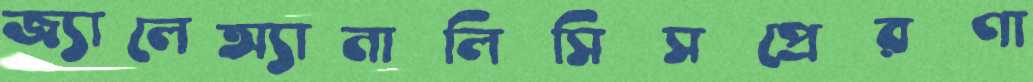
জ্যালেঅ্যানালিসিসপ্রেরণা